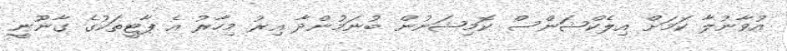
އުވާނުލާ ކަމަށް އިލެކްޝަންސް ކޮމިޝަނުން ބުނަމުންދާ އިރު މިހާރު އެ ޕާޓީތަކުގެ ގާނޫނީ